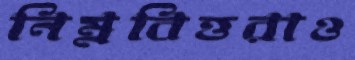
নিম্নবিত্তরাও